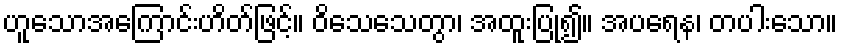
ဟူသောအကြောင်းဟိတ်ဖြင့်။ ဝိသေသေတွာ၊ အထူးပြု၍။ အပရေန၊ တပါးသော။